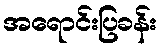
အရောင်းပြခန်း